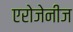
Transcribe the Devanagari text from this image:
एरोजेनीज